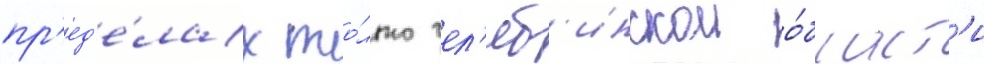
пр'ед'е́лах то́лько чел'яб'инскои о́бласт'и